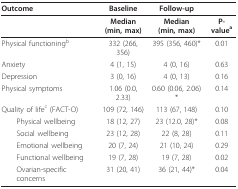
| Outcome | Baseline | Follow-up |  |
 | --- | --- | --- | --- |
 |  | Median(min, max) | Median(min, max) | P-valuea |
 | Physical functioningb | 332 (266, 356) | 395 (356, 460)* | 0.01 |
 | Anxiety | 4 (1, 15) | 4 (0, 16) | 0.63 |
 | Depression | 3 (0, 16) | 4 (0, 13) | 0.16 |
 | Physical symptoms | 1.06 (0.0, 2.33) | 0.60 (0.06, 2.06)* | 0.14 |
 | Quality of lifec (FACT-O) | 109 (72, 146) | 113 (67, 148) | 0.10 |
 | Physical wellbeing | 18 (12, 27) | 23 (12.0, 28)* | 0.08 |
 | Social wellbeing | 23 (12, 28) | 22 (8, 28) | 0.11 |
 | Emotional wellbeing | 20 (7, 24) | 21 (10, 24) | 0.29 |
 | Functional wellbeing | 19 (7, 28) | 19 (7, 28) | 0.02 |
 | Ovarian-specific concerns | 31 (20, 41) | 36 (21, 44)* | 0.04 |